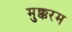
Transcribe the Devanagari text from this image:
मुक्करम